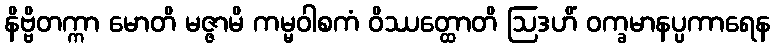
နိဗ္ဗိတက္ကာ မောတိ မဇ္ဇာမိ ကမ္မဝါစကံ ဝိဿတ္ထောတိ ဩဒဟိံ ဝက္ခမာနပ္ပကာရေန